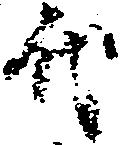
代